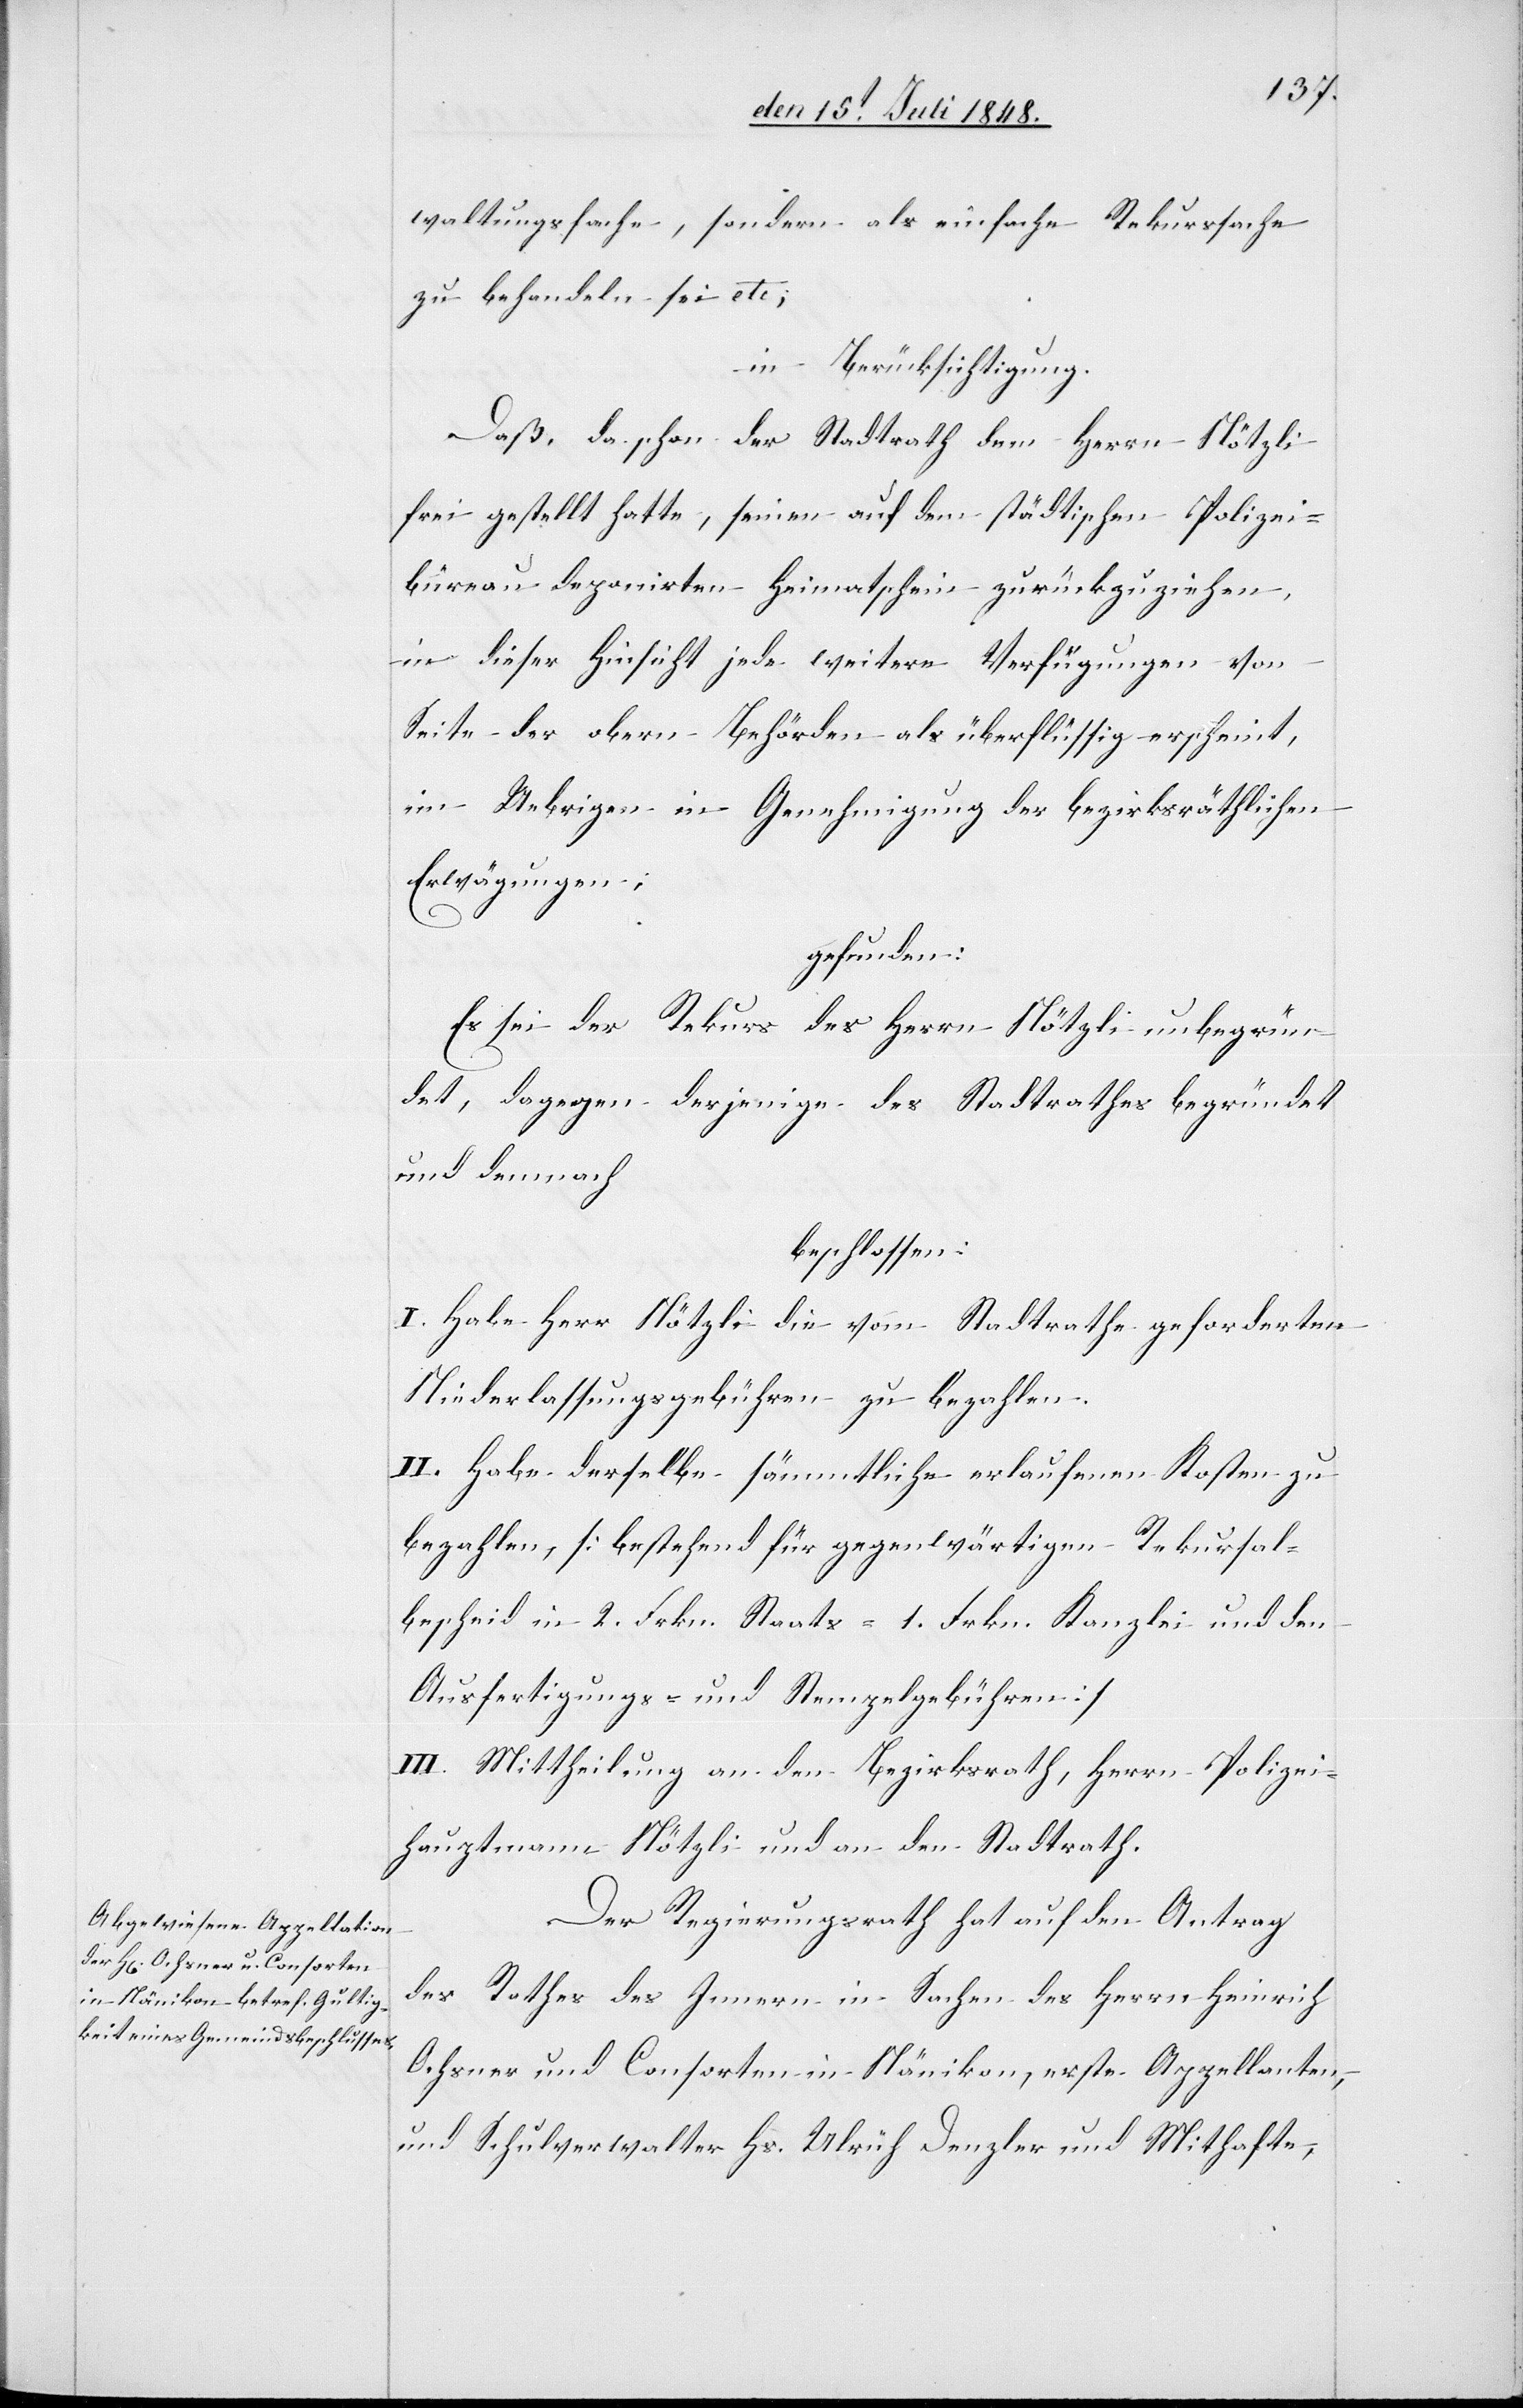
waltungsfache, sondern als einfache Rekurssache
zu behandeln sei etc;
in Berücksichtigung.
Daß, da schon der Stadtrath dem Herrn Nötzli
frei gestellt hatte, seinen auf dem städtischen Polizei¬
büreau deponirten Heimatschein zurückzuziehen,
in dieser Hinsicht jede weitere Verfügungen von
Seite der obern Behröden als überflüssig erschient,
im Uebrigen in Genehmigung der bezirksräthlichen
Erwägungen;
gefunden:
Es sei der Rekurs des Herrn Nötzli unbegrün¬
det, dagegen derjenige des Stadtrathes begründet
und demnach
beschlossen:
I. Habe Herr Nötzli die vom Stadtrathe geforderten
Niederlassungsgebühren zu bezahlen.
II. Habe derselbe sämmtliche erlaufenen Kosten zu
bezahlen, [bestehend für gegenwärtigen Rekursal¬
bescheid in 2. Frkn. Staats- 1. Frkn. Kanzlei und den
Ausfertigungs- und Stempelgebühren]